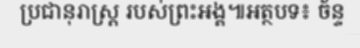
ប្រជានុរាស្ត្រ របស់ព្រះអង្គ៕អត្ថបទ៖ ច័ន្ទ